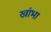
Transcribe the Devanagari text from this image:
खांभा